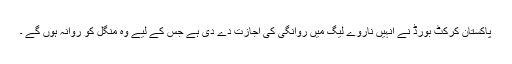
پاکستان کرکٹ بورڈ نے انہیں ناروے لیگ میں روانگی کی اجازت دے دی ہے جس کے لیے وہ منگل کو روانہ ہوں گے ۔